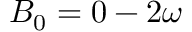
B _ { 0 } = 0 - 2 \omega